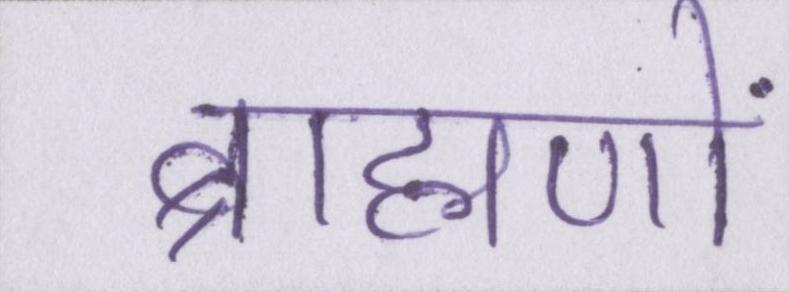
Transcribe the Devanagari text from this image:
ब्राह्मणों